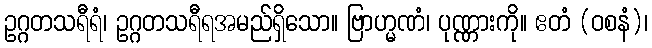
ဥဂ္ဂတသရီရံ၊ ဥဂ္ဂတသရီရအမည်ရှိသော။ ဗြာဟ္မဏံ၊ ပုဏ္ဏားကို။ ဧတံ (ဝစနံ)၊